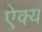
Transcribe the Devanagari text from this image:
ऐक्‍य